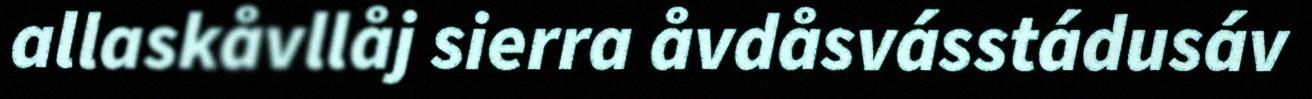
allaskåvllåj sierra åvdåsvásstádusáv